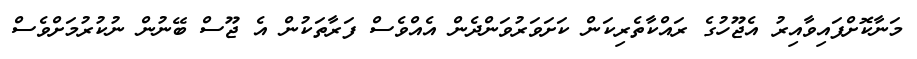
މަނާކޮށްފައިވާއިރު އެޖޫހުގެ ރައްކާތެރިކަން ކަށަވަރުވަންދެން އެއްވެސް ފަރާތަކުން އެ ޖޫސް ބޭނުން ނުކުރުމަށްވެސް